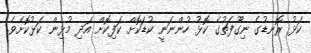
ކަޅު ރޮނޑުގެ ނިގޫފަތުގެ ކޮޅު ހުންނަނީ ކުޑަކޮށް ކަފިކޮށް އަދި މުޅިން ކަޅުކޮށެވެ.